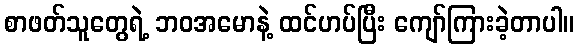
စာဖတ်သူတွေရဲ့ ဘဝအမောနဲ့ ထင်ဟပ်ပြီး ကျော်ကြားခဲ့တာပါ။